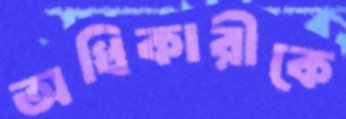
অধিকারীকে